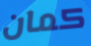
كمان